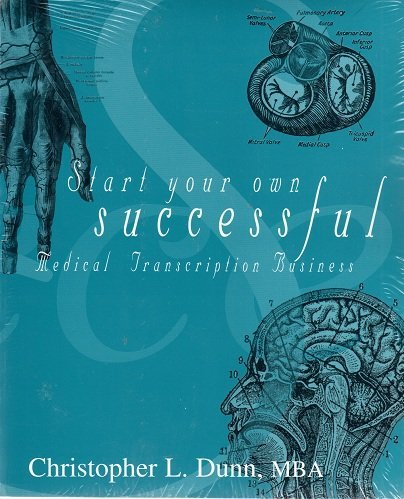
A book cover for Start Your Own Successful Medical Transcription Business; Christopher Dunn; Medical Books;